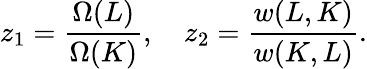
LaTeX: z_{1}=\frac{\Omega(L)}{\Omega(K)},\quad z_{2}=\frac{w(L,K)}{w(K,L)}.